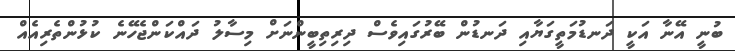
ބުނީ އޭނާ އަކީ ދަނޑުމަތީގަޔާއި ދަނޑުން ބޭރުގައިވެސް ދިރިތިބީންނަށް މިސާލު ދައްކަންޖެހޭނެ ކުޅުންތެރިއެއް